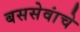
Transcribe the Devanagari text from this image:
बससेवांचे